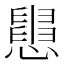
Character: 𢤒